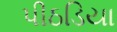
પીઠડિયા